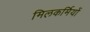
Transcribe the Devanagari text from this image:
मिलकर्मियों